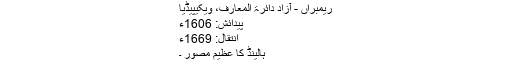
ریمبراں - آزاد دائرۃ المعارف، ویکیپیڈیا
پیدائش: 1606ء
انتقال: 1669ء
ہالینڈ کا عظیم مصور ۔